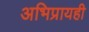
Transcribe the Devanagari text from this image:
अभिप्रायही